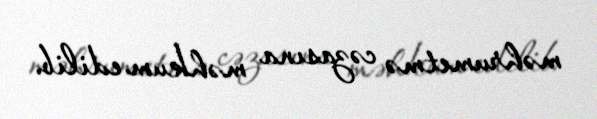
məhrumetmə cəzasına məhkum edilib.